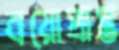
বয়োপ্রাপ্ত